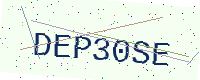
Text: DEP30SE